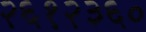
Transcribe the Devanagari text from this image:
२६१२३६०